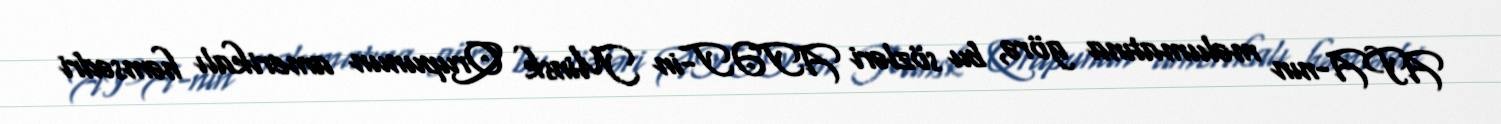
APA-nın məlumatına görə, bu sözləri ATƏT-in Minsk Qrupunun amerikalı həmsədri